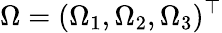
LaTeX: \Omega=(\Omega_{1},\Omega_{2},\Omega_{3})^{\top}